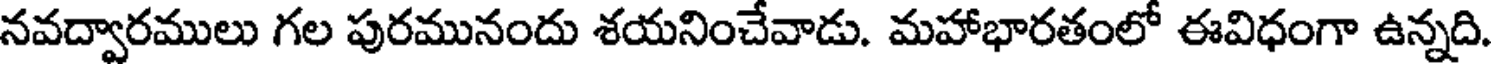
నవద్వారములు గల పురమునందు శయనించేవాడు. మహాభారతంలో ఈవిధంగా ఉన్నది.